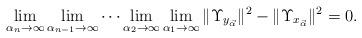
LaTeX: \begin{align*}\lim_{\alpha_n\to \infty} \lim_{\alpha_{n-1}\to \infty} \cdots \lim_{\alpha_2\to \infty} \lim_{\alpha_1\to \infty} \|\Upsilon_{y_{\vec{\alpha}}}\|^2-\|\Upsilon_{x_{\vec{\alpha}}}\|^2=0.\end{align*}